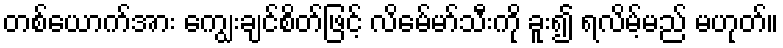
တစ်ယောက်အား ကျွေးချင်စိတ်ဖြင့် လိမေ်မာ်သီးကို ခူး၍ ရလိမ့်မည် မဟုတ်။